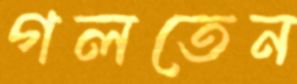
গলতেন